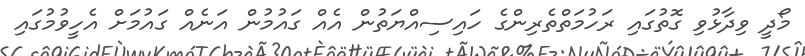
މޯދީ ވިދާޅުވި ގޮތުގައި ރަހުމަތްތެރިންގެ ހައިސިއްޔަތުން އެއް ގައުމުން އަނެއް ގައުމަށް އެހީވުމުގައި